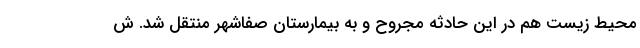
محیط زیست هم در این حادثه مجروح و به بیمارستان صفاشهر منتقل شد. ش